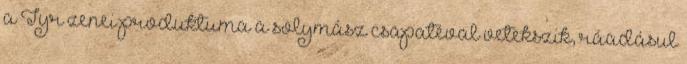
a Tyr zenei produktuma a solymász csapatéval vetekszik, ráadásul